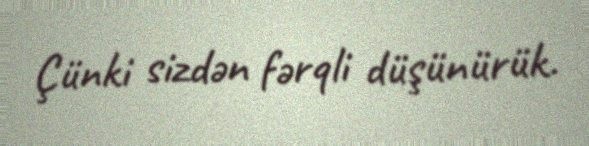
Çünki sizdən fərqli düşünürük.